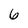
Character: 6